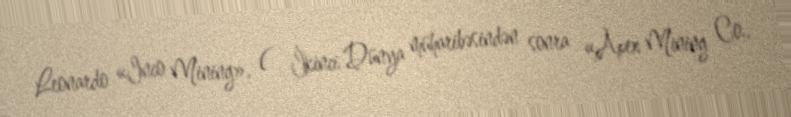
Leonardo «Inco Mining», ( İkinci Dünya müharibəsindən sonra «Apex Mining Co.,